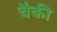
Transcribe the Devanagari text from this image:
चैकी